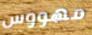
مهووس